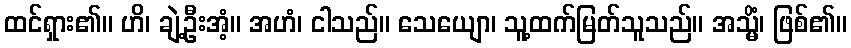
ထင်ရှား၏။ ဟိ၊ ချဲ့ဦးအံ့။ အဟံ၊ ငါသည်။ သေယျော၊ သူ့ထက်မြတ်သူသည်။ အသ္မိံ၊ ဖြစ်၏။